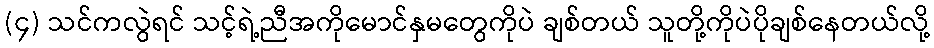
(၄) သင်ကလွဲရင် သင့်ရဲ့ညီအကိုမောင်နှမတွေကိုပဲ ချစ်တယ် သူတို့ကိုပဲပိုချစ်နေတယ်လို့